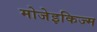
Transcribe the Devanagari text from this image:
मोजेइकिज्म